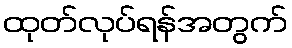
ထုတ်လုပ်ရန်အတွက်